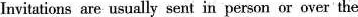
Inwjtations are usually sent in person orover the